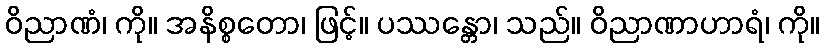
ဝိညာဏံ၊ ကို။ အနိစ္စတော၊ ဖြင့်။ ပဿန္တော၊ သည်။ ဝိညာဏာဟာရံ၊ ကို။